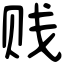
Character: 贱